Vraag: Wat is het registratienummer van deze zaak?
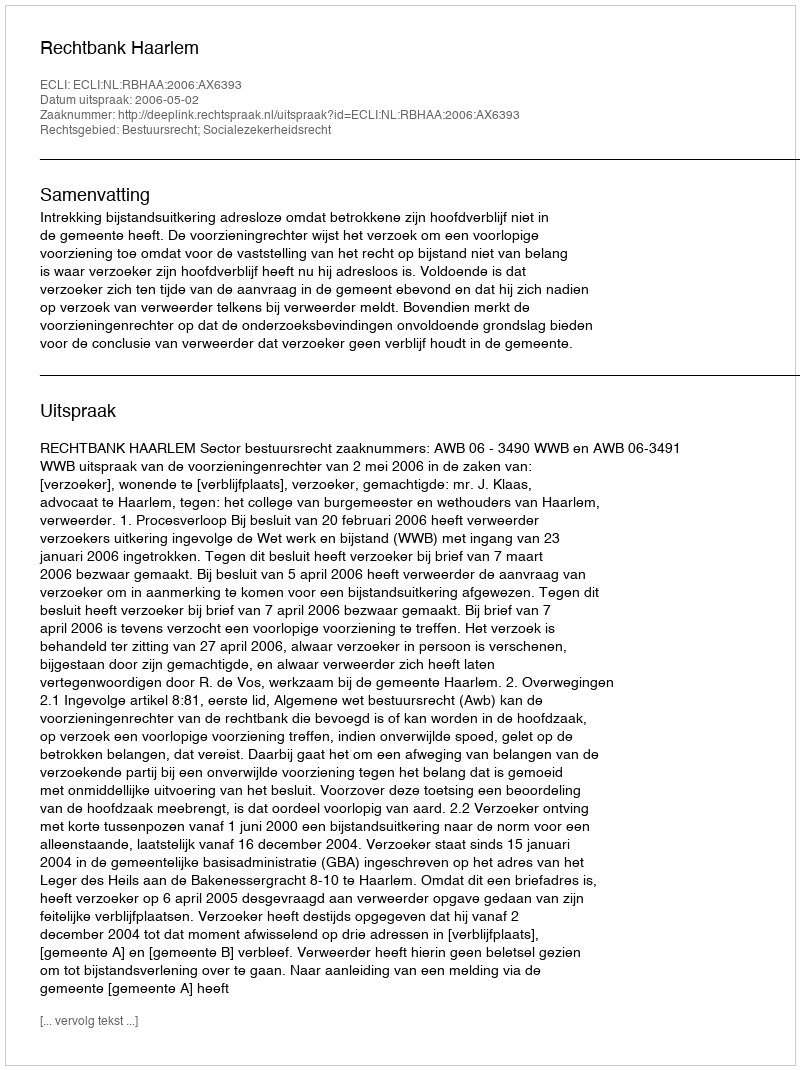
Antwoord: http://deeplink.rechtspraak.nl/uitspraak?id=ECLI:NL:RBHAA:2006:AX6393